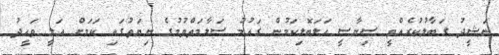
ނަޝީދު ގަބާލުކުރެއްވީ ސިޔާސީ ހަލަބޮލިކަމުން ގައުމު ސަލާމަތްވުމުގެ ނިޔަތުގައި ކަމަށް އަލީ ވަހީދު